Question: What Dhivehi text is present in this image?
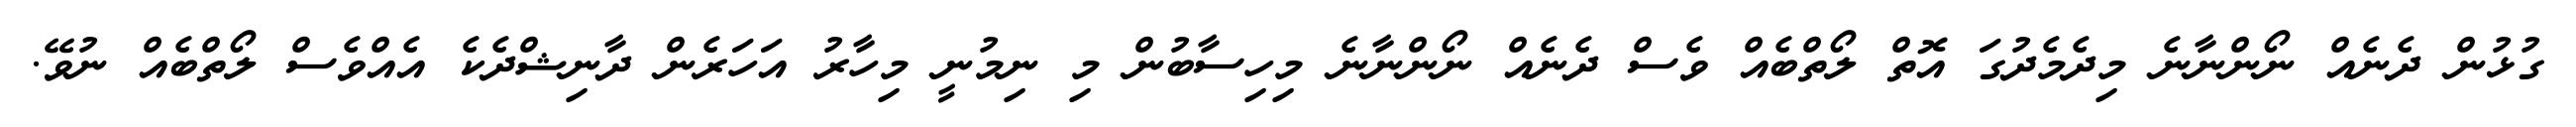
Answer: ގުޅުން ދެނެއް ނޯންނާނެ މިދެމެދުގަ އޮތް ލޯތްބެއް ވެސް ދެނެއް ނޯންނާނެ މިހިސާބުން މި ނިމުނީ މިހާރު އަހަރެން ދާނިޝްދެކެ އެއްވެސް ލޯތްބެއް ނުވޭ.